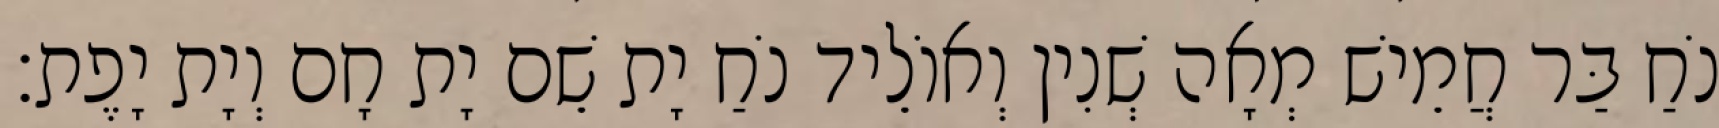
נֹחַ בַּר חֲמֵישׁ מְאָה שְׁנִין וְאוֹלֵיד נֹחַ יָת שֵׁם יָת חָם וְיָת יָפֶת׃